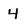
Character: 4